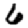
Digit: 6